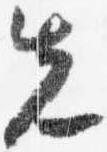
先